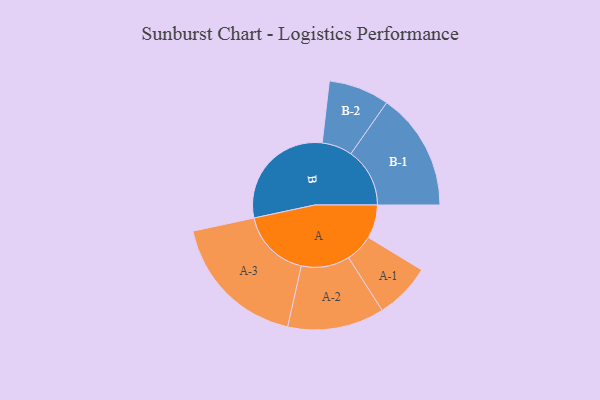
{"axis": {"x": "Segment", "y": "Value"}, "legend": ["", "A", "B"], "data": [{"x": "A", "y": 140, "type": ""}, {"x": "B", "y": 486, "type": ""}, {"x": "A-1", "y": 117, "type": "A"}, {"x": "A-2", "y": 202, "type": "A"}, {"x": "A-3", "y": 292, "type": "A"}, {"x": "B-1", "y": 246, "type": "B"}, {"x": "B-2", "y": 127, "type": "B"}]}